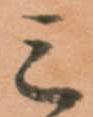
三